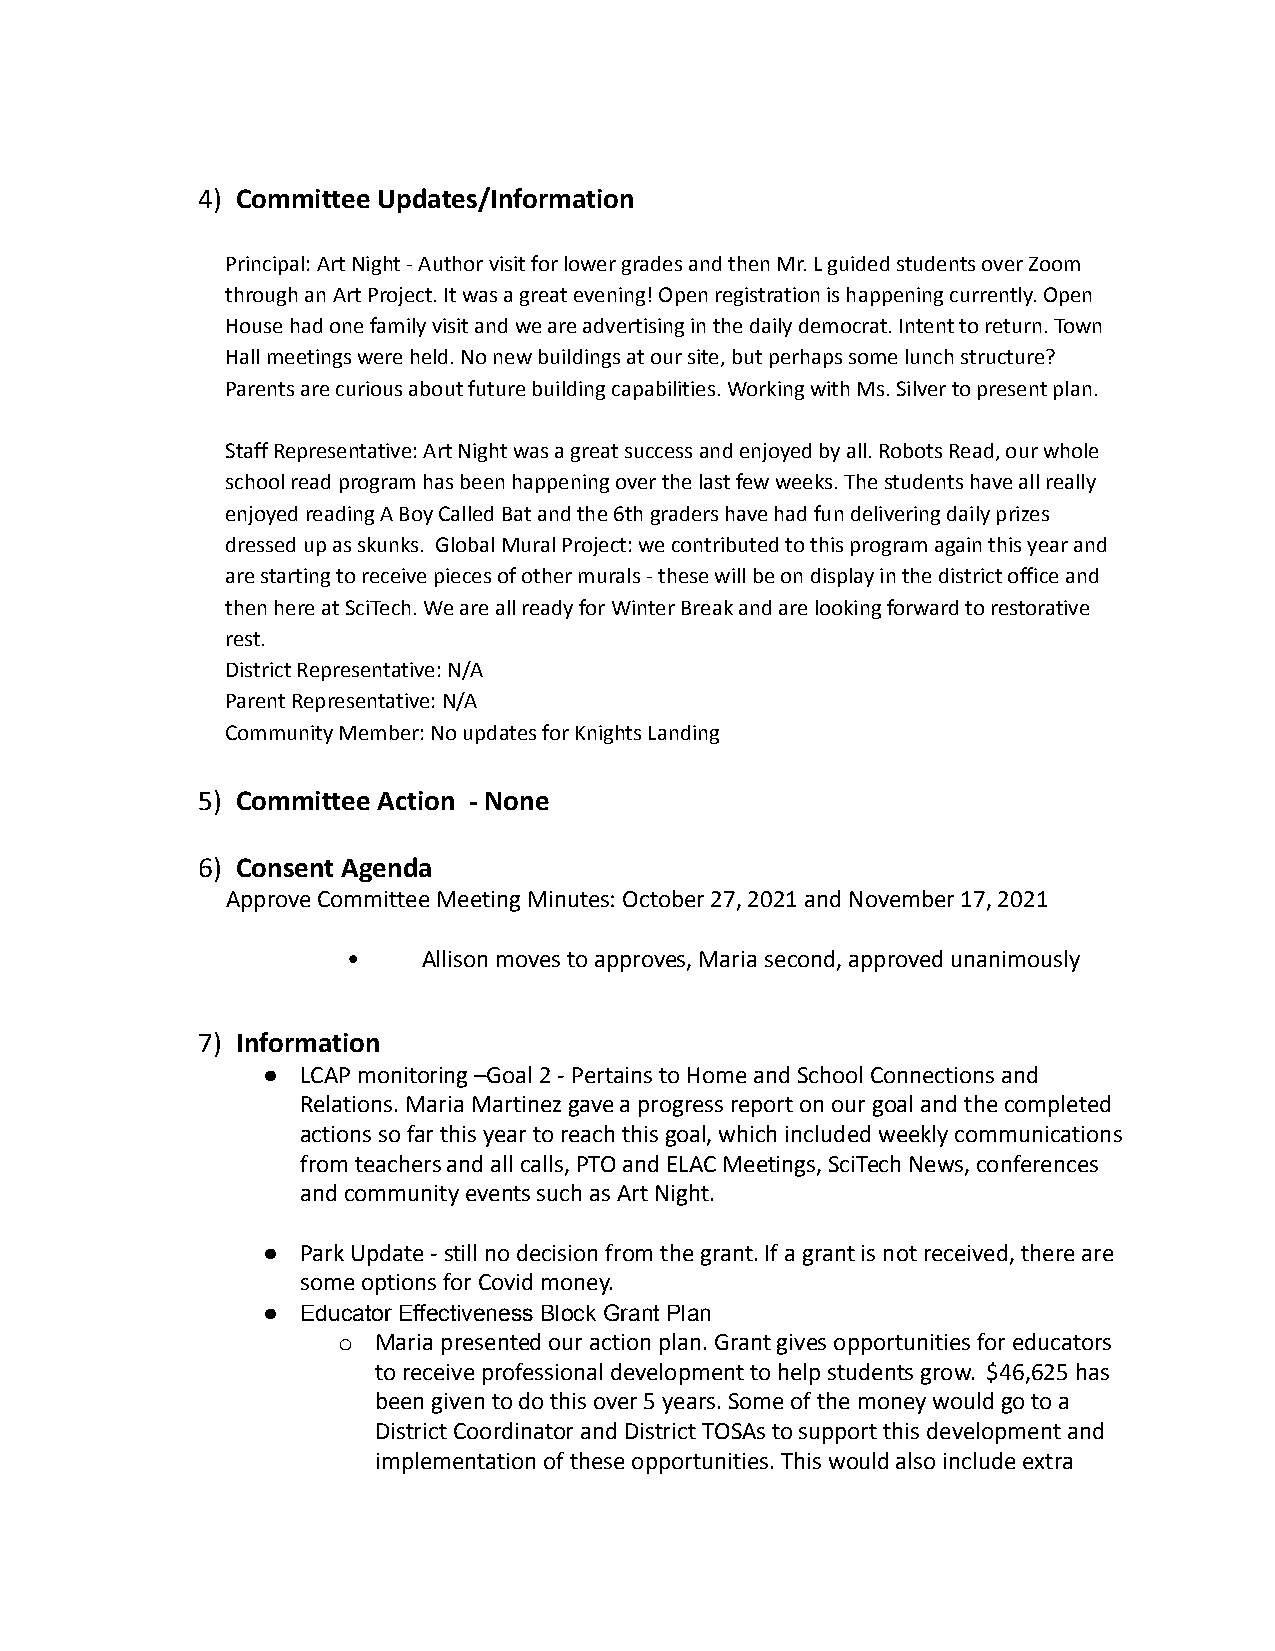
4) Committee Updates/Information
 Principal: Art Night - Author visit for lower grades and then Mr. L guided students over Zoom
 through an Art Project. It was a great evening! Open registration is happening currently. Open
 House had one family visit and we are advertising in the daily democrat. Intent to return. Town
 Hall meetings were held. No new buildings at our site, but perhaps some lunch structure?
 Parents are curious about future building capabilities. Working with Ms. Silver to present plan.
 Staff Representative: Art Night was a great success and enjoyed by all. Robots Read, our whole
 school read program has been happening over the last few weeks. The students have all really
 enjoyed reading A Boy Called Bat and the 6th graders have had fun delivering daily prizes
 dressed up as skunks. Global Mural Project: we contributed to this program again this year and
 are starting to receive pieces of other murals - these will be on display in the district office and
 then here at SciTech. We are all ready for Winter Break and are looking forward to restorative
 rest.
 District Representative: N/A
 Parent Representative: N/A
 Community Member: No updates for Knights Landing
 5) Committee Action - None
 6) Consent Agenda
 Approve Committee Meeting Minutes: October 27, 2021 and November 17, 2021
 •    Allison moves to approves, Maria second, approved unanimously
 7) Information
 ●  LCAP monitoring –Goal 2 - Pertains to Home and School Connections and
 Relations. Maria Martinez gave a progress report on our goal and the completed
 actions so far this year to reach this goal, which included weekly communications
 from teachers and all calls, PTO and ELAC Meetings, SciTech News, conferences
 and community events such as Art Night.
 ●  Park Update - still no decision from the grant. If a grant is not received, there are
 some options for Covid money.
 ●  Educator Effectiveness Block Grant Plan
 o  Maria presented our action plan. Grant gives opportunities for educators
 to receive professional development to help students grow. $46,625 has
 been given to do this over 5 years. Some of the money would go to a
 District Coordinator and District TOSAs to support this development and
 implementation of these opportunities. This would also include extra